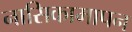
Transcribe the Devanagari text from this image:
नासिकामापन